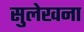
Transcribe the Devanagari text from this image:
सुलेखना